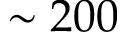
\sim 2 0 0